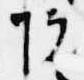
院